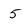
Character: 5